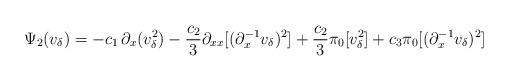
LaTeX: \begin{align*}&\Psi_2(v_{\delta})=-c_1\,\partial_x (v_{\delta}^2)-\frac{c_2}{3} \partial_{xx} [(\partial_x^{-1} v_{\delta})^2]+\frac{c_2}{3} \pi_0[v_{\delta}^2]+c_3 \pi_0[(\partial_x^{-1} v_{\delta})^2]\end{align*}